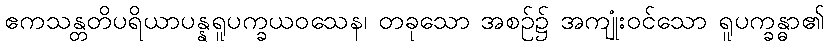
ဧကသန္တတိပရိယာပန္နရူပက္ခယဝသေန၊ တခုသော အစဉ်၌ အကျုံးဝင်သော ရူပက္ခန္ဓာ၏